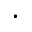
\cdot